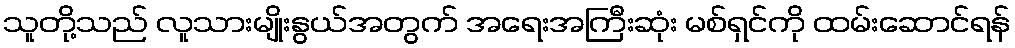
သူတို့သည် လူသားမျိုးနွယ်အတွက် အရေးအကြီးဆုံး မစ်ရှင်ကို ထမ်းဆောင်ရန်